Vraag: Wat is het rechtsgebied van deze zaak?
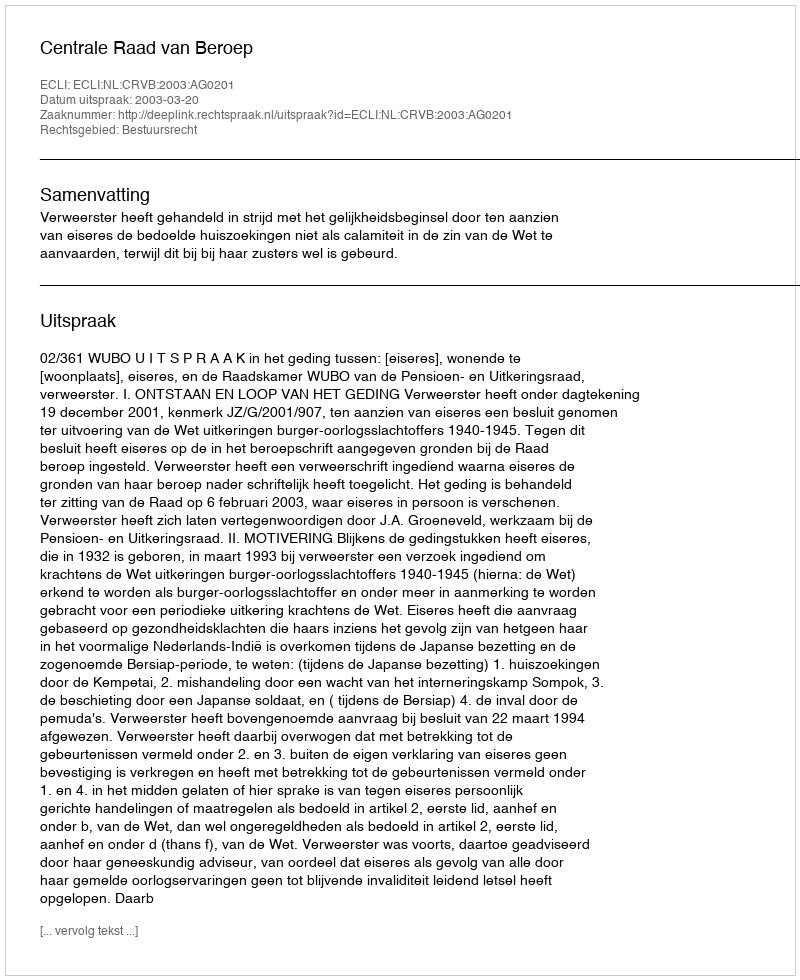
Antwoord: Bestuursrecht